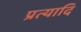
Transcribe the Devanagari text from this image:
प्रत्यादि